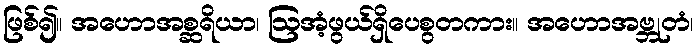
ဖြစ်၍။ အဟောအစ္ဆရိယာ၊ ဩအံ့ဖွယ်ရှိပေစွတကား။ အဟောအဗ္ဘုတံ၊